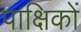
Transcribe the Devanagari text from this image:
पाक्षिकों